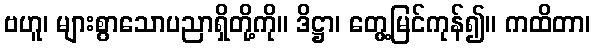
ဗဟူ၊ များစွာသောပညာရှိတို့ကို။ ဒိဋ္ဌာ၊ တွေ့မြင်ကုန်၍။ ကထိတာ၊